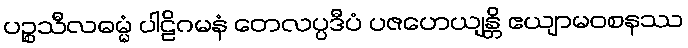
ပဉ္စသီလဓမ္မံ ပါဠိဂမနံ တေလပ္ပဒီပံ ပဇဟေယျန္တိ ဧယျာမဝစနဿ